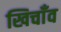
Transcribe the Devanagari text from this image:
खिचाँव